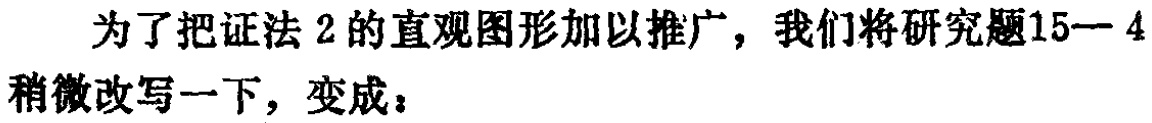
为了把证法 2 的直观图形加以推广，我们将研究题15—4稍微改写一下，变成：